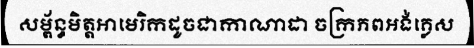
សម្ព័ន្ធមិត្តអាមេរិកដូចជាកាណាដា ចក្រភពអង់គ្លេស